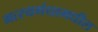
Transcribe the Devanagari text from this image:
मत्स्यगंधामधील